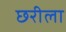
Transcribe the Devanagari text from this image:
छरीला